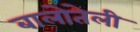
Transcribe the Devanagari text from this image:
बालोतेली